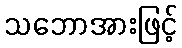
သဘောအားဖြင့်